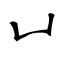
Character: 凵